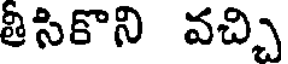
తిసికొని వచ్చి